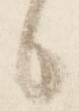
候